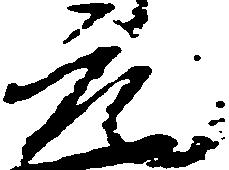
元